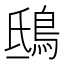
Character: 鴟